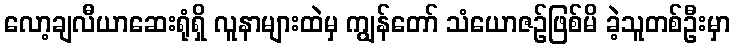
လော့ချလီယာဆေးရုံရှိ လူနာများထဲမှ ကျွန်တော် သံယောဇဉ်ဖြစ်မိ ခဲ့သူတစ်ဦးမှာ